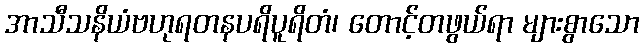
အာသီသနိယံဗဟုရတနပရိပူရိတံ၊ တောင့်တဖွယ်ရာ များစွာသော